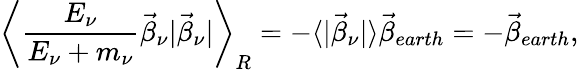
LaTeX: \left<\frac{E_{\nu}}{E_{\nu}+m_{\nu}}\vec{\beta}_{\nu}|\vec{\beta}_{\nu}|\right>_{R}=-\langle|\vec{\beta}_{\nu}|\rangle\vec{\beta}_{earth}=-\vec{\beta}_{earth},